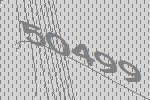
50499